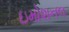
ઇમોશનલ